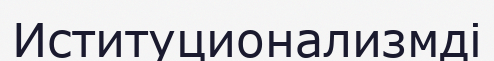
Иституционализмді